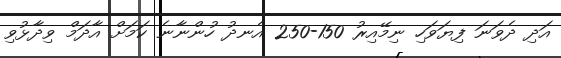
އަދި ދެވަނަ ފިޔަވަހި ނިމޭއިރު 150-250 އެނދު ހުންނާނެ ކަމަށް އާދަމް ވިދާޅުވި